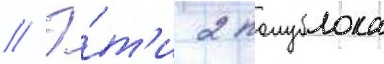
// Э́т'и 2 полублока